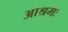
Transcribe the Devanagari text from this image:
आश्रमः